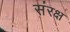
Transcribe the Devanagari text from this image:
संरक्ष